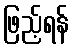
ဖြည့်ရန်